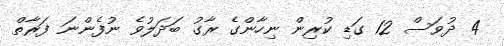
4 ދުވަސް 12 ގަޑި ކުރިން ނިހާންގެ ރާގު ބަދަލުވެ ނުފެންނަ ފަރާތް